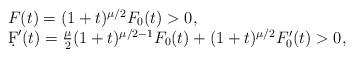
LaTeX: \begin{align*}\begin{array}{l}F(t)=(1+t)^{\mu/2}F_0(t)>0,\\\d F'(t)=\frac{\mu}{2}(1+t)^{\mu/2-1}F_0(t)+(1+t)^{\mu/2}F'_0(t)>0,\end{array}\end{align*}